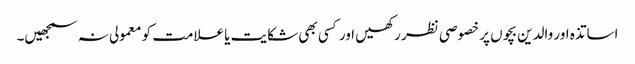
اساتذہ اور والدین بچوں پر خصوصی نظر رکھیں اور کسی بھی شکایت یا علامت کو معمولی نہ سمجھیں۔